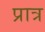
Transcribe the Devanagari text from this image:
प्रात्र